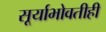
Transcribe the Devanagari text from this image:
सूर्याभोवतीही